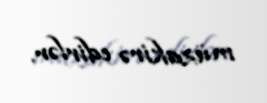
müzakirə edirlər.